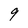
Character: 9